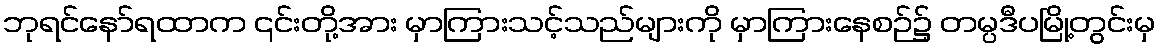
ဘုရင်နော်ရထာက ၎င်းတို့အား မှာကြားသင့်သည်များကို မှာကြားနေစဉ်၌ တမ္ပဒီပမြို့တွင်းမှ